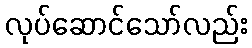
လုပ်ဆောင်သော်လည်း